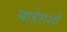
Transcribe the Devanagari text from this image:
माहेराशी